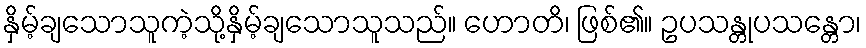
နှိမ့်ချသောသူကဲ့သို့နှိမ့်ချသောသူသည်။ ဟောတိ၊ ဖြစ်၏။ ဥပသန္တုပသန္တော၊